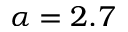
\alpha = 2 . 7